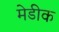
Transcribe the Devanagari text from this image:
मेडीक